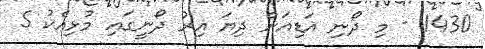
1430 - މި ދޯނި އަޑިއަށް ދިޔަ އިރު ދޯނީގައި މުޅިއެކު 5